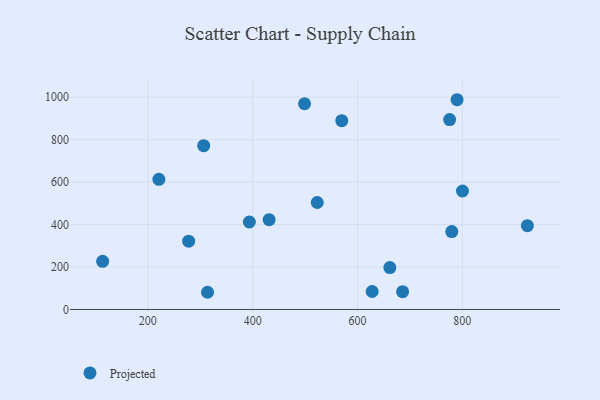
{"axis": {"x": "Investment", "y": "Sales"}, "legend": ["Projected"], "data": [{"x": "113.8", "y": 226.7, "type": "Projected"}, {"x": "306.6", "y": 771.8, "type": "Projected"}, {"x": "661.7", "y": 197.5, "type": "Projected"}, {"x": "221.1", "y": 613.0, "type": "Projected"}, {"x": "313.9", "y": 81.0, "type": "Projected"}, {"x": "627.9", "y": 84.7, "type": "Projected"}, {"x": "789.9", "y": 988.3, "type": "Projected"}, {"x": "924.0", "y": 394.7, "type": "Projected"}, {"x": "569.9", "y": 889.4, "type": "Projected"}, {"x": "499.0", "y": 969.4, "type": "Projected"}, {"x": "779.8", "y": 367.1, "type": "Projected"}, {"x": "523.2", "y": 504.1, "type": "Projected"}, {"x": "800.2", "y": 558.3, "type": "Projected"}, {"x": "277.9", "y": 321.9, "type": "Projected"}, {"x": "431.4", "y": 423.0, "type": "Projected"}, {"x": "393.7", "y": 412.1, "type": "Projected"}, {"x": "775.7", "y": 894.9, "type": "Projected"}, {"x": "686.0", "y": 83.6, "type": "Projected"}]}